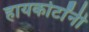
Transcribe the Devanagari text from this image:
हायकोर्टांनी